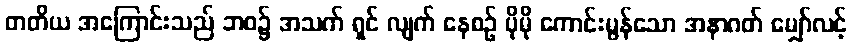
တတိယ အကြောင်းသည် ဘဝ၌ အသက် ရှင် လျက် နေစဉ် ပိုမို ကောင်းမွန်သော အနာဂတ် မျှော်လင့်